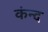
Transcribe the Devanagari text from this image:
कंन्द